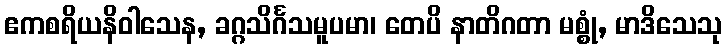
ဧကစရိယနိဝါသေန, ခဂ္ဂသိင်္ဂသမူပမာ၊ တေပိ နာတိဂတာ မစ္စုံ, မာဒိသေသု